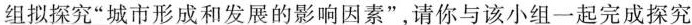
组拟探究”城市形成和发展的影响因素”，请你与该小组一起完成探究